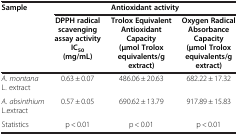
<table><thead><tr><td rowspan="2"><b>Sample</b></td><td colspan="3"><b>Antioxidant activity</b></td></tr><tr><td><b>DPPH radical scavenging assay activity IC<sub>50</sub>(mg/mL)</b></td><td><b>Trolox Equivalent Antioxidant Capacity (μmol Trolox equivalents/g extract)</b></td><td><b>Oxygen Radical Absorbance Capacity (μmol Trolox equivalents/g extract)</b></td></tr></thead><tbody><tr><td><i>A. montana</i> L. extract</td><td>0.63 ± 0.07</td><td>486.06 ± 20.63</td><td>682.22 ± 17.32</td></tr><tr><td><i>A. absinthium</i> L.extract</td><td>0.57 ± 0.05</td><td>690.62 ± 13.79</td><td>917.89 ± 15.83</td></tr><tr><td>Statistics</td><td>p &lt; 0.01</td><td>p &lt; 0.01</td><td>p &lt; 0.01</td></tr></tbody></table>